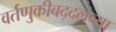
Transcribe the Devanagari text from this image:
वर्तणुकीबद्दलच्या